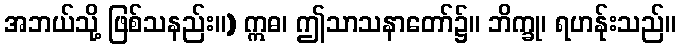
အဘယ်သို့ ဖြစ်သနည်း။) ဣဓ၊ ဤသာသနာတော်၌။ ဘိက္ခု၊ ရဟန်ုးသည်။